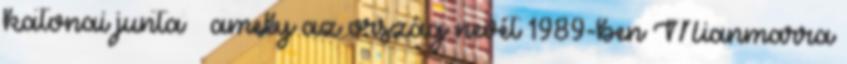
katonai junta – amely az ország nevét 1989-ben Mianmarra